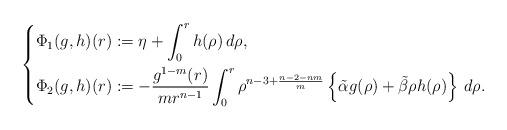
LaTeX: \begin{align*}\left\{\begin{aligned}&\Phi_1(g,h)(r):=\eta+\int_0^r h(\rho)\,d\rho,\\&\Phi_2(g,h)(r):=-\frac{g^{1-m}(r)}{mr^{n-1}}\int_0^r \rho^{ n-3+ \frac{n-2-nm}{m}}\left\{\tilde\alpha g(\rho)+\tilde\beta \rho h(\rho)\right\}\,d\rho.\end{aligned}\right.\end{align*}